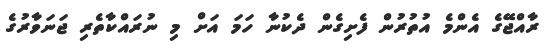
ރާއްޖޭގެ އެންމެ އުތުރުން ފެށިގެން ދެކުނާ ހަމަ އަށް މި ނުރައްކާތެރި ޖަނަވާރުގެ